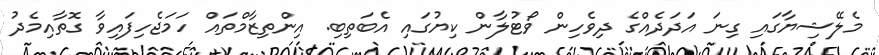
މެލޭޝިޔާގައި ގިނަ އަދަދެއްގެ ދިވެހިން ވޯޓުލާން ކިޔުގައި އެބަތިބި. އިންތިޒާމްތައް ހަމަޖެހިފައިވާ ގޮތާއިމެދު